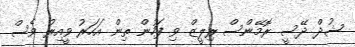
ޝުދް ދޭސީ ރޮމޭންސް ރިލީޒް ވި ފަހުން ތިން އަހަރު ވީއިރު ވެސް